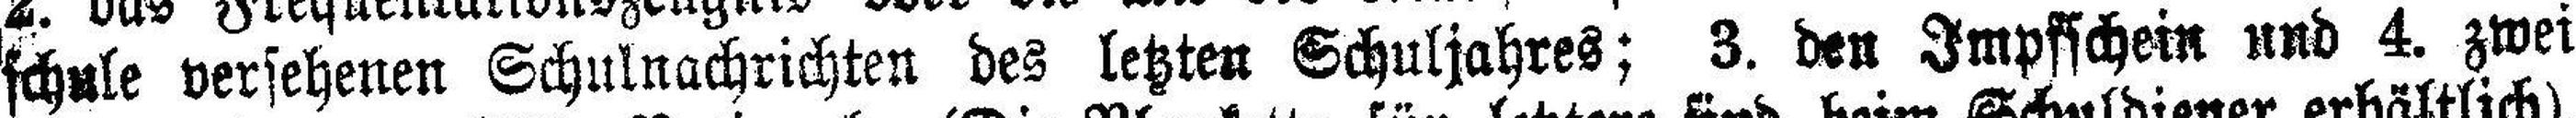
schule versehenen Schulnachrichten des letzten Schuljahres; 3. den Impfschein und 4. zwei